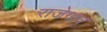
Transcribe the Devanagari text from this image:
राजेगांव